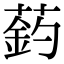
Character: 䔙